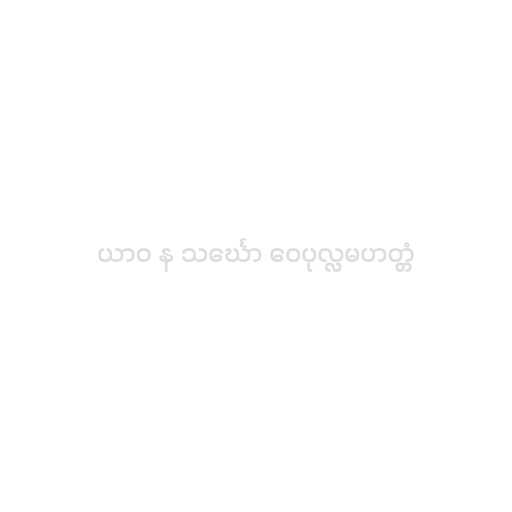
ယာဝ န သင်္ဃော ဝေပုလ္လမဟတ္တံ